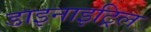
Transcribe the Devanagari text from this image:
डाइनाइट्रिल